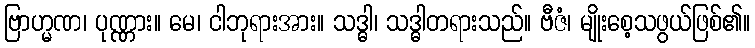
ဗြာဟ္မဏ၊ ပုဏ္ဏား။ မေ၊ ငါဘုရားအား။ သဒ္ဓါ၊ သဒ္ဓါတရားသည်။ ဗီဇံ၊ မျိုးစေ့သဖွယ်ဖြစ်၏။